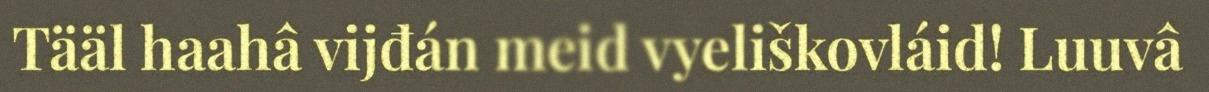
Tääl haahâ vijđán meid vyeliškovláid! Luuvâ